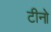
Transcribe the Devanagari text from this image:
टीनो